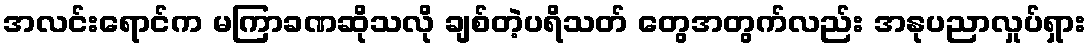
အလင်းရောင်က မကြာခဏဆိုသလို ချစ်တဲ့ပရိသတ် တွေအတွက်လည်း အနုပညာလှုပ်ရှား